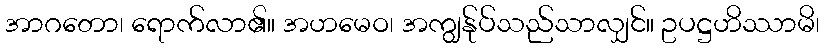
အာဂတော၊ ရောက်လာ၏။ အဟမေဝ၊ အကျွန်ုပ်သည်သာလျှင်။ ဥပဋ္ဌဟိဿာမိ၊